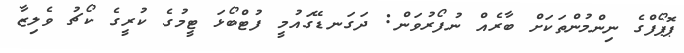
ޕޮޕޯފްގެ ނިންމުންތަކަށް ބާރެއް ނުފޯރުވަން: ދަގަނޑޭގައުމީ ފުޓްބޯޅަ ޓީމުގެ ކުރީގެ ކޯޗު ވެލިޒާ